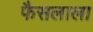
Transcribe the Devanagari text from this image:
फैसलाला